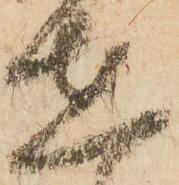
在